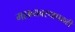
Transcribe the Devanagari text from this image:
महाव्यवस्थापकही